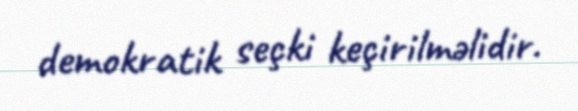
demokratik seçki keçirilməlidir.